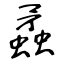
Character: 蟊